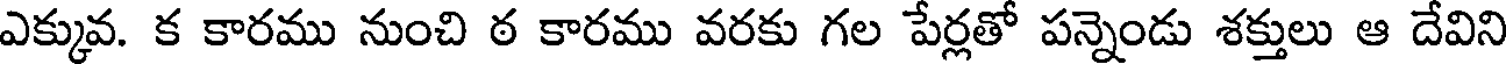
ఎక్కువ. క కారము నుంచి ఠ కారము వరకు గల పేర్లతో పన్నెండు శక్తులు ఆ దేవిని